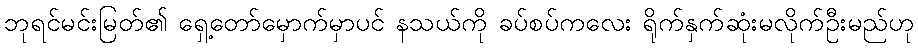
ဘုရင်မင်းမြတ်၏ ရှေ့တော်မှောက်မှာပင် နသယ်ကို ခပ်စပ်ကလေး ရိုက်နှက်ဆုံးမလိုက်ဦးမည်ဟု